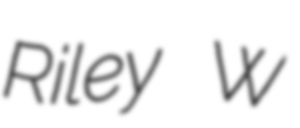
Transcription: Riley W